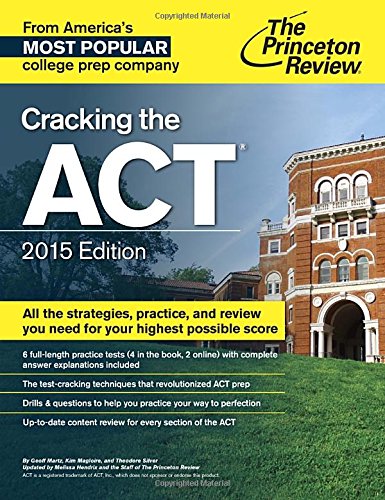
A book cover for Cracking the ACT with 6 Practice Tests, 2015 Edition (College Test Preparation); Princeton Review; Test Preparation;